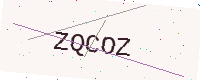
Text: ZQCOZ